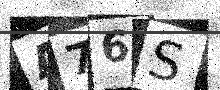
Text: A76S